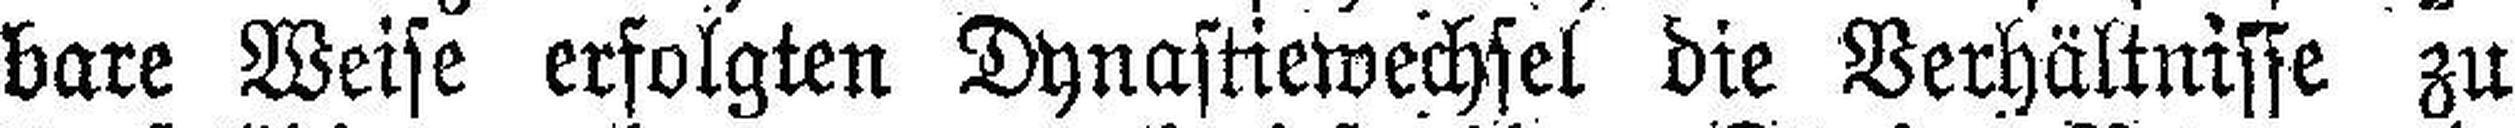
bare Weise erfolgten Dynastiewechsel die Verhältnisse zu